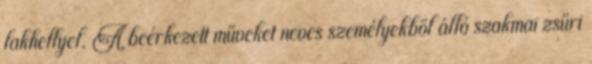
lakhellyel. A beérkezett műveket neves személyekből álló szakmai zsűri